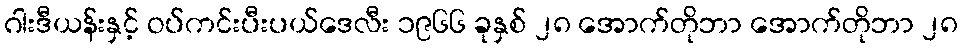
ဂါးဒီယန်းနှင့် ဝပ်ကင်းပီးပယ်ဒေလီး ၁၉၆၆ ခုနှစ် ၂၈ အောက်တိုဘာ အောက်တိုဘာ ၂၈